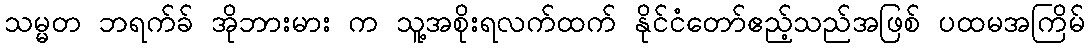
သမ္မတ ဘရက်ခ် အိုဘားမား က သူ့အစိုးရလက်ထက် နိုင်ငံတော်ဧည့်သည်အဖြစ် ပထမအကြိမ်